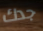
جدك